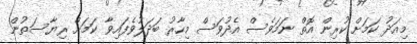
މިއަދު ކަމަށް ކުރިން އޮތް ނަމަވެސް އެދުވަސް މިހާރު ބަދަލުވެފައިވާ ކަމަށް ރިޔާސަތުން